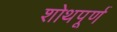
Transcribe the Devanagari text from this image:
शोथपूर्ण